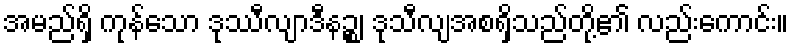
အမည်ရှိ ကုန်သော ဒုဿီလျာဒီနဉ္စ၊ ဒုသီလျအစရှိသည်တို့၏ လည်းကောင်း။